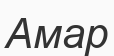
Амар